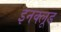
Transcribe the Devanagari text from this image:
इनक्लूड